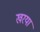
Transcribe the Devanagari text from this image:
खरया